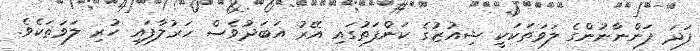
ފަދަ ފަންނާނުންގެ ލަވަތަކަކީ ޝިއުޒުގެ ކަންފަތުގައި އޭރު އަބަދުވެސް ހަރުލާފައި ހުރި ލަވަތަކެވެ.